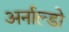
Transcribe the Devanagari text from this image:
अर्नाल्डो